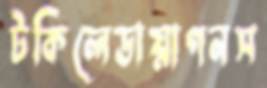
টকিলেডায়াগনস